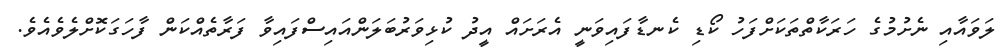
ލަވައާއި ނެށުމުގެ ހަރަކާތްތަކަށްފަހު ކޯޑި ކެނޑާފައިވަނީ އެރަށައް އީދު ކުޅިވަރުބަލަންއައިސްފައިވާ ފަރާތެއްކަން ފާހަގަކޮށްލެވެއެވެ.